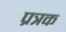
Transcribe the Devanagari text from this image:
प्रत्रक